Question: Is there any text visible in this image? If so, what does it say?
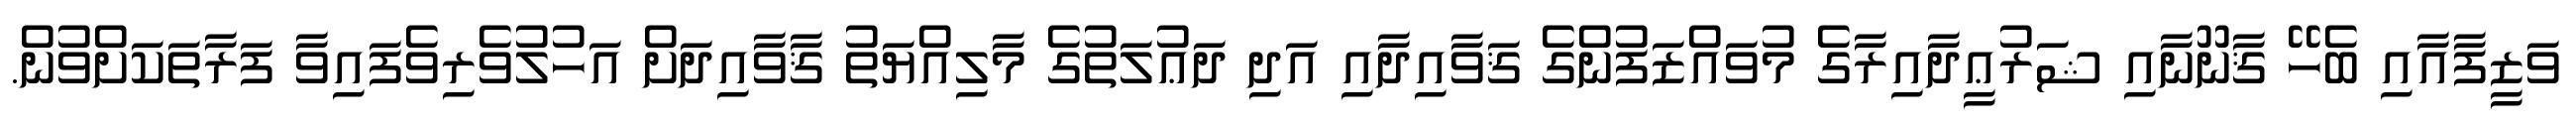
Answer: ވަޒީފާއާއި ބެހޭ ޤާނޫނާއި ޝަރުޢީދާއިރާގެ މުވައްޒަފުންގެ ޤަވާއިދާއި އަދި ދަޢުލަތުގެ މާލިއްޔަތު ޤާވާއިދަށް އަހުލުވެރިވެފައިވާ ފަރާތަކަށްވުން.